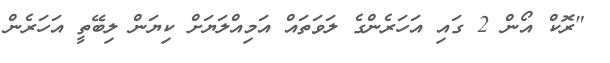
"ރޮކް އޯން 2 ގައި އަހަރެންގެ ލަވަތައް އަމިއްލަޔަށް ކިޔަން ލިބޭތީ އަހަރެން